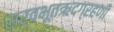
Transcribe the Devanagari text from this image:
सर्वभूतऋदग्रहणी